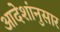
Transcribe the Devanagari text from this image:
आदेशांनुसार